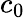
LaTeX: c_{0}